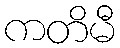
ကတိမီ